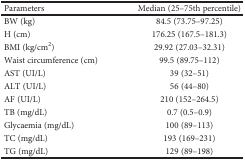
<table><thead><tr><td><b>Parameters</b></td><td><b>Median (25–75th percentile)</b></td></tr></thead><tbody><tr><td>BW (kg)</td><td>84.5 (73.75–97.25)</td></tr><tr><td>H (cm)</td><td>176.25 (167.5–181.3)</td></tr><tr><td>BMI (kg/cm<sup>2</sup>)</td><td>29.92 (27.03–32.31)</td></tr><tr><td>Waist circumference (cm)</td><td>99.5 (89.75–112)</td></tr><tr><td>AST (UI/L)</td><td>39 (32–51)</td></tr><tr><td>ALT (UI/L)</td><td>56 (44–80)</td></tr><tr><td>AF (UI/L)</td><td>210 (152–264.5)</td></tr><tr><td>TB (mg/dL)</td><td>0.7 (0.5–0.9)</td></tr><tr><td>Glycaemia (mg/dL)</td><td>100 (89–113)</td></tr><tr><td>TC (mg/dL)</td><td>193 (169–231)</td></tr><tr><td>TG (mg/dL)</td><td>129 (89–198)</td></tr></tbody></table>